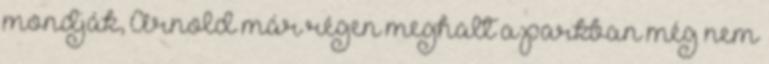
mondják, Arnold már régen meghalt a parkban még nem